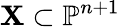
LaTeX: \mathbf{X}\subset\mathbb{{P}}^{n+1}